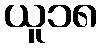
ယူ၁၈